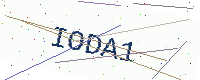
Text: IODA1